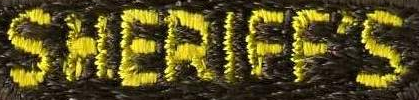
SHERIFF'S